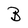
Character: B